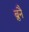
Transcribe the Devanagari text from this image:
ब्रुनै